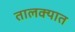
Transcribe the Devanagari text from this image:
तालक्यात